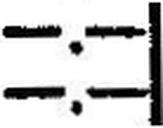
—.—